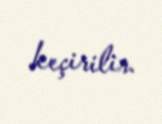
keçirilir.